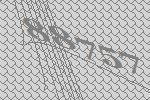
88757